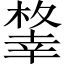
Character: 𢆨